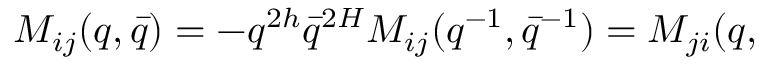
M _ { i j } ( q , \bar { q } ) = - q ^ { 2 h } \bar { q } ^ { 2 H } M _ { i j } ( q ^ { - 1 } , \bar { q } ^ { - 1 } ) = M _ { j i } ( q ,